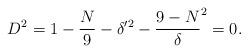
LaTeX: \begin{align*}D^2 = 1 - \frac{N}{9} - \delta'^2 - \frac{9-N}\delta^2 = 0.\end{align*}